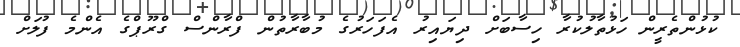
ކުޅުންތެރީން ހަޅުތާލުކުރާ ހިސާބަށް ދިޔައިރު އެފަހަރުގެ މުބާރާތުން ފްރާންސް ގްރޫޕްގެ އެންމެ ފުލަށް